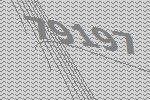
79197